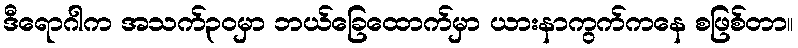
ဒီရောဂါက အသက်၃၀မှာ ဘယ်ခြေထောက်မှာ ယားနာကွက်ကနေ စဖြစ်တာ။